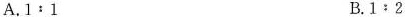
A.$$1 : 1$$ B.1 ﹔ 2$$